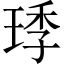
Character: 㻑